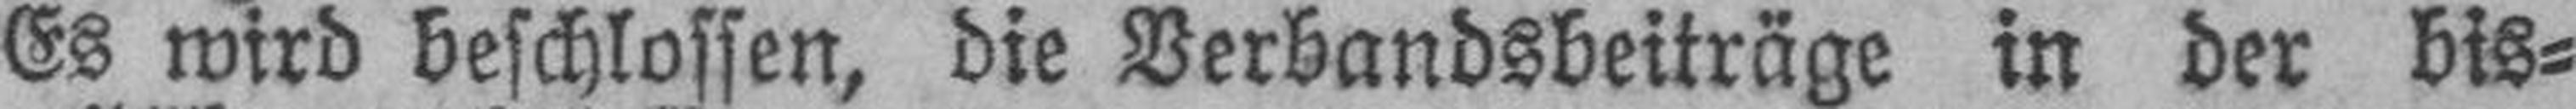
Es wird beschlossen, die Verbandsbeiträge in der bis¬